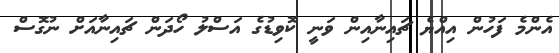
އެންމެ ފަހުން އިއްޔެ ޗައިނާއިން ވަނީ ކޮވިޑުގެ އަސްލު ހޯދަން ޗައިނާއަށް ނުގޮސް